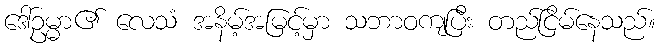
ဒေါ်ဥမ္မာ၏ လေသံ အနိမ့်အမြင့်မှာ သဘာဝကျပြီး တည်ငြိမ်နေသည်။